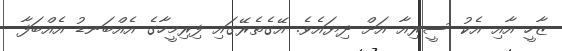
ޒާހީ އާއި އެކު ސީރިއާ އަށް ދިޔައެވެ. އޭގެތެރޭގައި ފިރިމީހާގެ އެއްބަނޑު އެއްބަފާ